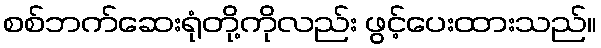
စစ်ဘက်ဆေးရုံတို့ကိုလည်း ဖွင့်ပေးထားသည်။